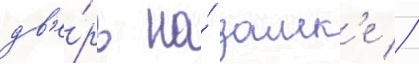
дв'е́рь на́ замк'е //